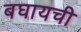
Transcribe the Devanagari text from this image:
बघायची